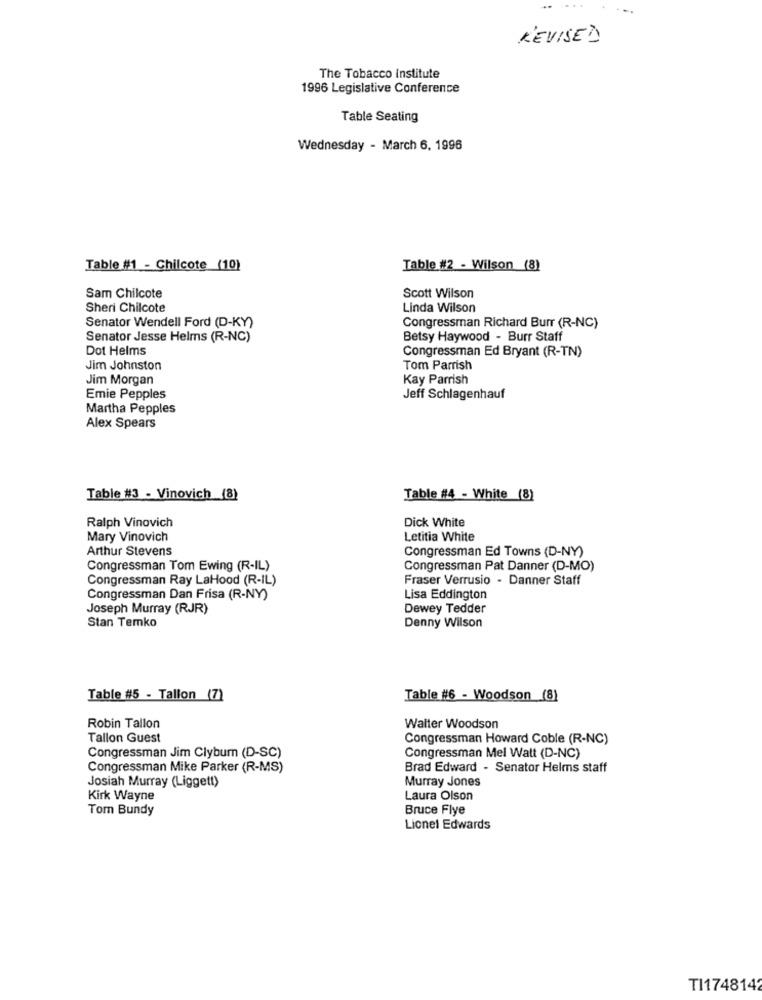
...
REVISED
The Tobacco Institute
1996 Legislative Conference
Table Seating
Wednesday - March 6, 1996
Table #1 - Chilcote (10)
Table #2 - Wilson (8)
Sam Chilcote
Scott Wilson
Sheri Chilcote
Linda Wilson
Senator Wendell Ford (D-KY)
Congressman Richard Burr (R-NC)
Senator Jesse Helms (R-NC)
Betsy Haywood - Burr Staff
Dot Helms
Congressman Ed Bryant (R-TN)
Jim Johnston
Tom Parrish
Jim Morgan
Kay Parrish
Emie Pepples
Jeff Schlagenhauf
Martha Pepples
Alex Spears
Table #3 - Vinovich (8)
Table #4 - White (8)
Ralph Vinovich
Dick White
Mary Vinovich
Letitia White
Arthur Stevens
Congressman Ed Towns (D-NY)
Congressman Tom Ewing (R-IL)
Congressman Pat Danner (D-MO)
Congressman Ray LaHood (R-IL)
Fraser Verrusio - Danner Staff
Congressman Dan Frisa (R-NY)
Lisa Eddington
Joseph Murray (RJR)
Dewey Tedder
Stan Temko
Denny Wilson
Table #5 - Tallon (7)
Table #6 - Woodson (8)
Robin Tallon
Walter Woodson
Tallon Guest
Congressman Howard Coble (R-NC)
Congressman Jim Clybum (D-SC)
Congressman Mel Watt (D-NC)
Congressman Mike Parker (R-MS)
Brad Edward - Senator Helms staff
Murray Jones
Josiah Murray (Liggett)
Kirk Wayne
Laura Olson
Tom Bundy
Bruce Flye
Lionel Edwards
TI1748142